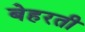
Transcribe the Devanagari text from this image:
बेहरती